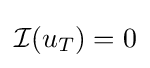
{\mathcal {I}}(u_{T})=0